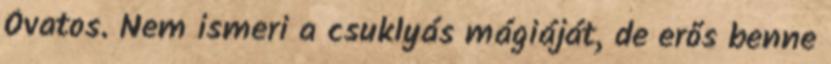
Óvatos. Nem ismeri a csuklyás mágiáját, de erős benne